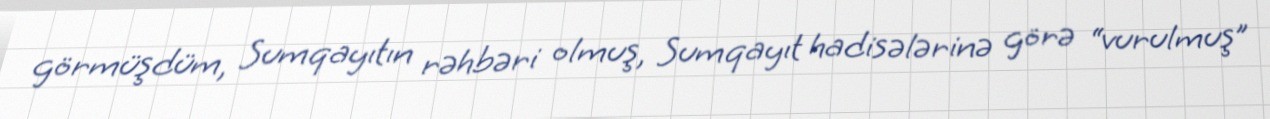
görmüşdüm, Sumqayıtın rəhbəri olmuş, Sumqayıt hadisələrinə görə “vurulmuş”